Plague in India, 1896, 1897 - Volume 2
Year: 1896
Disease focus: Plague
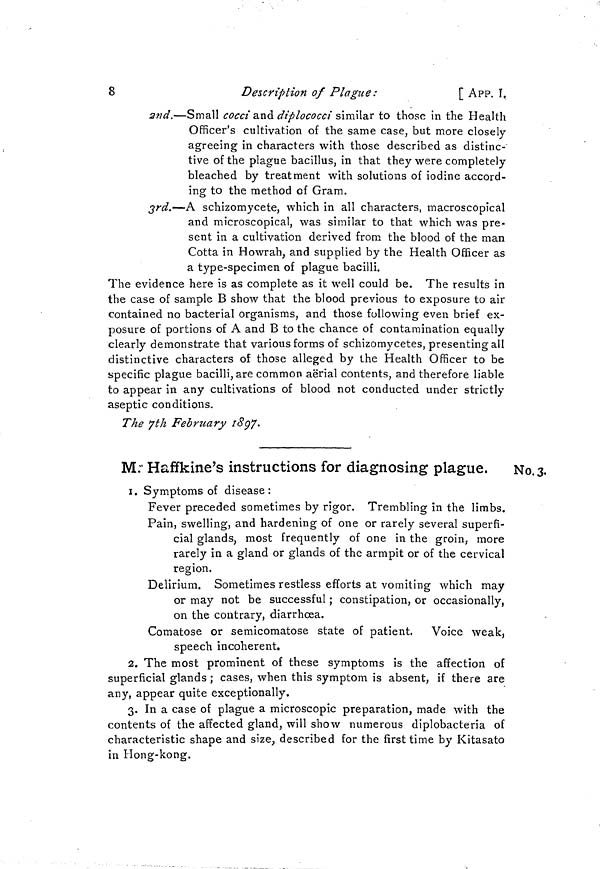
8
Description of Plague :
[ APP. i.
2nd.—Small cocci and diplococci similar to those in the Health
Officer's cultivation of the same case, but more closely
agreeing in characters with those described as distinc-
tive of the plague bacillus, in that they were completely
bleached by treatment with solutions of iodine accord-
ing to the method of Gram.
3rd.—A schizomycete, which in all characters, macroscopical
and microscopical, was similar to that which was pre-
sent in a cultivation derived from the blood of the man
Cotta in Howrah, and supplied by the Health Officer as
a type-specimen of plague bacilli.
The evidence here is as complete as it well could be. The results in
the case of sample B show that the blood previous to exposure to air
contained no bacterial organisms, and those following even brief ex-
posure of portions of A and B to the chance of contamination equally
clearly demonstrate that various forms of schizomycetes, presenting all
distinctive characters of those alleged by the Health Officer to be
specific plague bacilli, are common aerial contents, and therefore liable
to appear in any cultivations of blood not conducted under strictly
aseptic conditions.
The 7 th February 1897.
No. 3.
Mr Haffkine's instructions for diagnosing plague.
1. Symptoms of disease:
Fever preceded sometimes by rigor. Trembling in the limbs.
Pain, swelling, and hardening of one or rarely several superfi-
cial glands, most frequently of one in the groin, more
rarely in a gland or glands of the armpit or of the cervical
region.
Delirium. Sometimes restless efforts at vomiting which may
or may not be successful ; constipation, or occasionally,
on the contrary, diarrhœa.
Comatose or semicomatose state of patient. Voice weak,
speech incoherent.
2. The most prominent of these symptoms is the affection of
superficial glands ; cases, when this symptom is absent, if there are
any, appear quite exceptionally.
3. In a case of plague a microscopic preparation, made with the
contents of the affected gland, will show numerous diplobacteria of
characteristic shape and size, described for the first time by Kitasato
in Hong-kong.